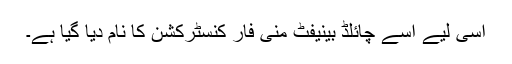
اسی لیے اسے چائلڈ بینیفٹ منی فار کنسٹرکشن کا نام دیا گیا ہے۔